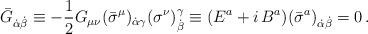
LaTeX: \begin{align*}\bar G_{\dot \alpha\dot\beta} \equiv-\frac 12G_{\mu\nu}(\bar\sigma^{\mu})_{\dot\alpha\gamma}(\sigma^{\nu})^\gamma_{\dot\beta} \equiv ({E}^a +i\,{B}^a)({\bar \sigma}^a)_{\dot\alpha\dot\beta}=0\, .\end{align*}